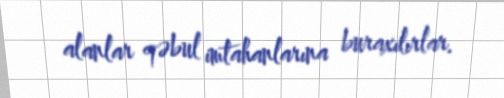
alanlar qəbul imtahanlarına buraxılırlar.